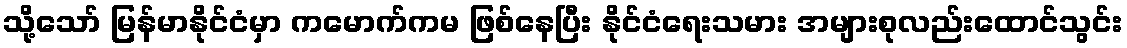
သို့သော် မြန်မာနိုင်ငံမှာ ကမောက်ကမ ဖြစ်နေပြီး နိုင်ငံရေးသမား အများစုလည်းထောင်သွင်း